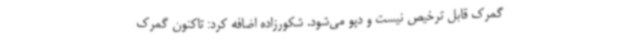
گمرک قابل ترخیص نیست و دپو می‌شود. شکورزاده اضافه کرد: تاکنون گمرک